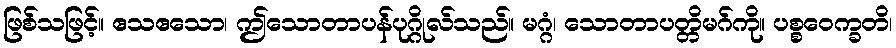
ဖြစ်သဖြင့်။ ဧသဧသော၊ ဤသောတာပန်ပုဂ္ဂိုလ်သည်။ မဂ္ဂံ၊ သောတာပတ္တိမဂ်ကို။ ပစ္စဝေက္ခတိ၊